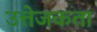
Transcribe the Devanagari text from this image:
उत्तेजकता